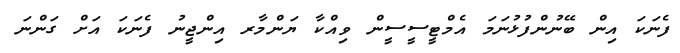
ފެނަކަ އިން ބޭނުންފުޅުނަމަ އެމްޓީސީސީން ވިއްކާ ޔަންމާރ އިންޖީނު ފެނަކަ އަށް ގަންނަ